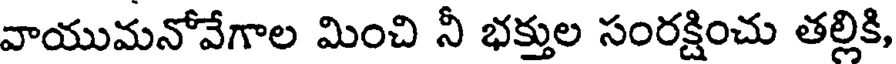
వాయుమనోవేగాల మించి నీ భక్తుల సంరక్షించు తల్లికి,